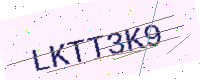
Text: LKTT3K9